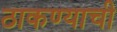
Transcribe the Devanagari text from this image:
ठाकण्याची